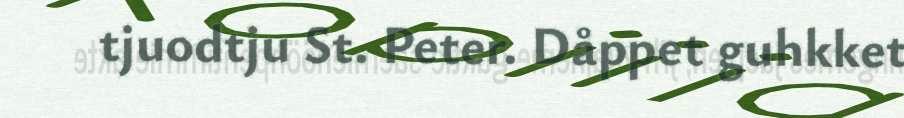
tjuodtju St. Peter. Dåppet guhkket